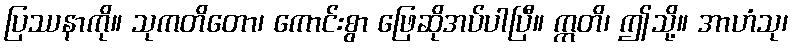
ပြဿနာကို။ သုကတိတော၊ ကောင်းစွာ ဖြေဆိုအပ်ပါပြီ။ ဣတိ၊ ဤသို့။ အာဟံသု၊